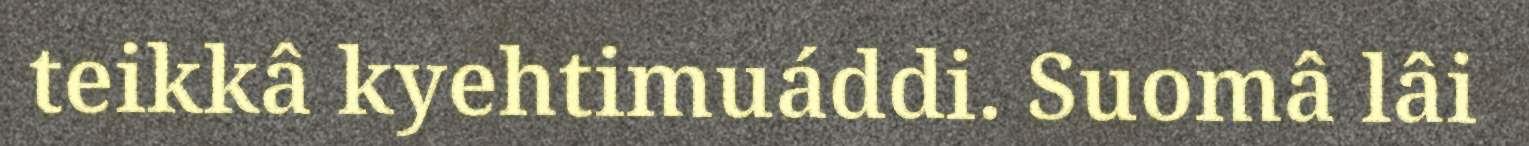
teikkâ kyehtimuáddi. Suomâ lâi